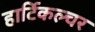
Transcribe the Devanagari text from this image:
हार्टिकल्चर